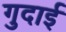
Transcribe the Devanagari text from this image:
गुदाई